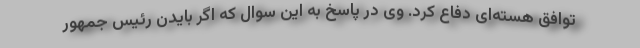
توافق هسته‌ای دفاع کرد. وی در پاسخ به این سوال که اگر بایدن رئیس جمهور